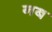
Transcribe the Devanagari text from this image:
नब